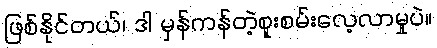
ဖြစ်နိုင်တယ်၊ ဒါ မှန်ကန်တဲ့စူးစမ်းလေ့လာမှုပဲ။